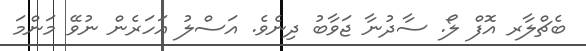
ބެޗްލާރ އޮފް ލޯ. ސާދުނާ ޖަވާބު ދިނެވެ. އަސްލު އަހަރެން ނުވޭ މަންމަ